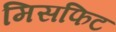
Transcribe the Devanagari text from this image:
मिसफिट